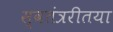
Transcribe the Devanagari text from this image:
स्वतंत्ररीतया